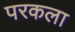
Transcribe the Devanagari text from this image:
परकला